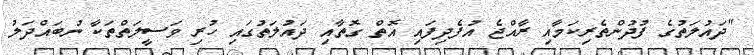
"ދައުލަތުގެ ފުދުންތެރިކަމާއި ރާއްޖެ އުފެދިފައި އޮތް ގޮތާއި ދައުލަތުގައި ހުރި ވަސީލަތްތަކާ ނުބައްދަލު